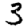
Digit: 3